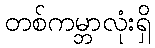
တစ်ကမ္ဘာလုံးရှိ